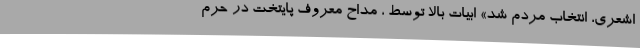
اشعری، انتخاب مردم شد» ابیات بالا توسط ، مداح معروف پایتخت در حرم